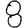
Digit: 8